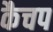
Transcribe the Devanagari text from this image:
कैचप